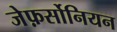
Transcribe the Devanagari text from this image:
जेफ़र्सोनियन